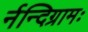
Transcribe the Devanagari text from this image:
र्नन्दिग्रामः